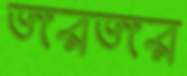
জরজর